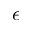
\epsilon